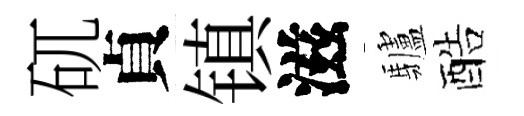
矹貞镇滋驢酷